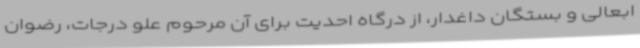
ابعالی و بستگان داغدار، از درگاه احدیت برای آن مرحوم علو درجات، رضوان